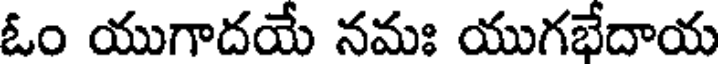
ఓం యుగాదయే నమః యుగభేదాయ